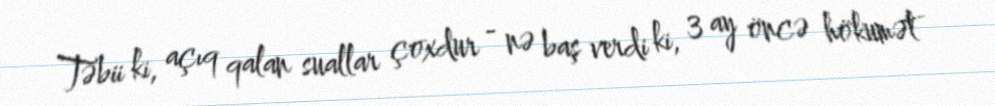
Təbii ki, açıq qalan suallar çoxdur - nə baş verdi ki, 3 ay öncə hökumət